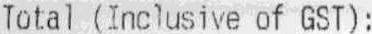
TOTAL (INCLUSIVE OF GST):